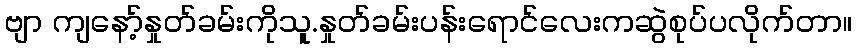
ဗျာ ကျနော့်နှုတ်ခမ်းကိုသူ.နှုတ်ခမ်းပန်းရောင်လေးကဆွဲစုပ်ပလိုက်တာ။